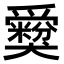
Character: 𤕃